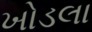
ખોડલા